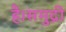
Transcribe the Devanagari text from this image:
है।समुद्री